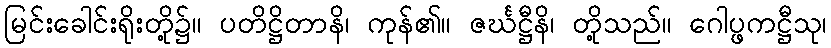
မြင်းခေါင်းရိုးတို့၌။ ပတိဋ္ဌိတာနိ၊ ကုန်၏။ ဇင်္ဃဋ္ဌီနိ၊ တို့သည်။ ဂေါပ္ဖကဋ္ဌီသု၊